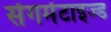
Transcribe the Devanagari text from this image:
सेंगमेंटाइज्ड